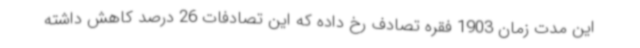
این مدت زمان 1903 فقره تصادف رخ داده که این تصادفات 26 درصد کاهش داشته